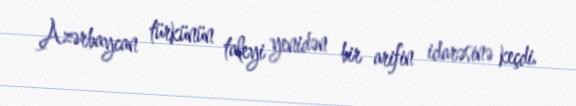
Azərbaycan türkünün taleyi yenidən bir arifin idarəsinə keçdi.